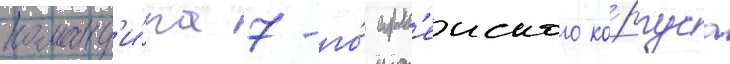
команд'и́ра 7-го́ арм'еиского ко́рпуса